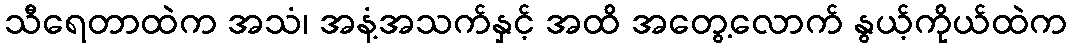
သီရေတာထဲက အသံ၊ အနံ့အသက်နှင့် အထိ အတွေ့လောက် နွယ့်ကိုယ်ထဲက